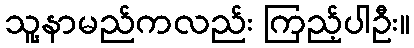
သူ့နာမည်ကလည်း ကြည့်ပါဦး။